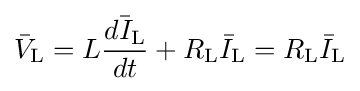
{\bar {V}}_{\text{L}}=L{\frac {\bar {dI_{\text{L}}}}{dt}}+R_{\text{L}}{\bar {I}}_{\text{L}}=R_{\text{L}}{\bar {I}}_{\text{L}}